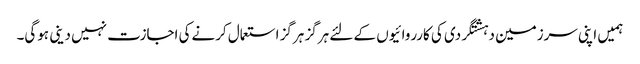
ہمیں اپنی سرزمین دہشتگردی کی کارروائیوں کے لئے ہرگز ہرگز استعمال کرنےکی اجازت نہیں دینی ہوگی۔